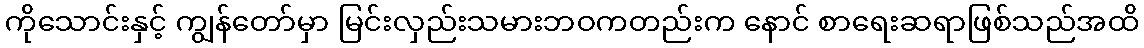
ကိုသောင်းနှင့် ကျွန်တော်မှာ မြင်းလှည်းသမားဘဝကတည်းက နောင် စာရေးဆရာဖြစ်သည်အထိ